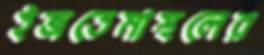
ইজতেমাস্থলের